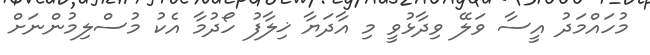
މުހައްމަދު އީސާ ވަލޭ ވިދާޅުވީ މި އާދަޔާ ޚިލާފު ހޯދުމާ އެކު މުސްލިމުންނަށް